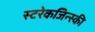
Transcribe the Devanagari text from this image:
स्टरेकजिन्स्की